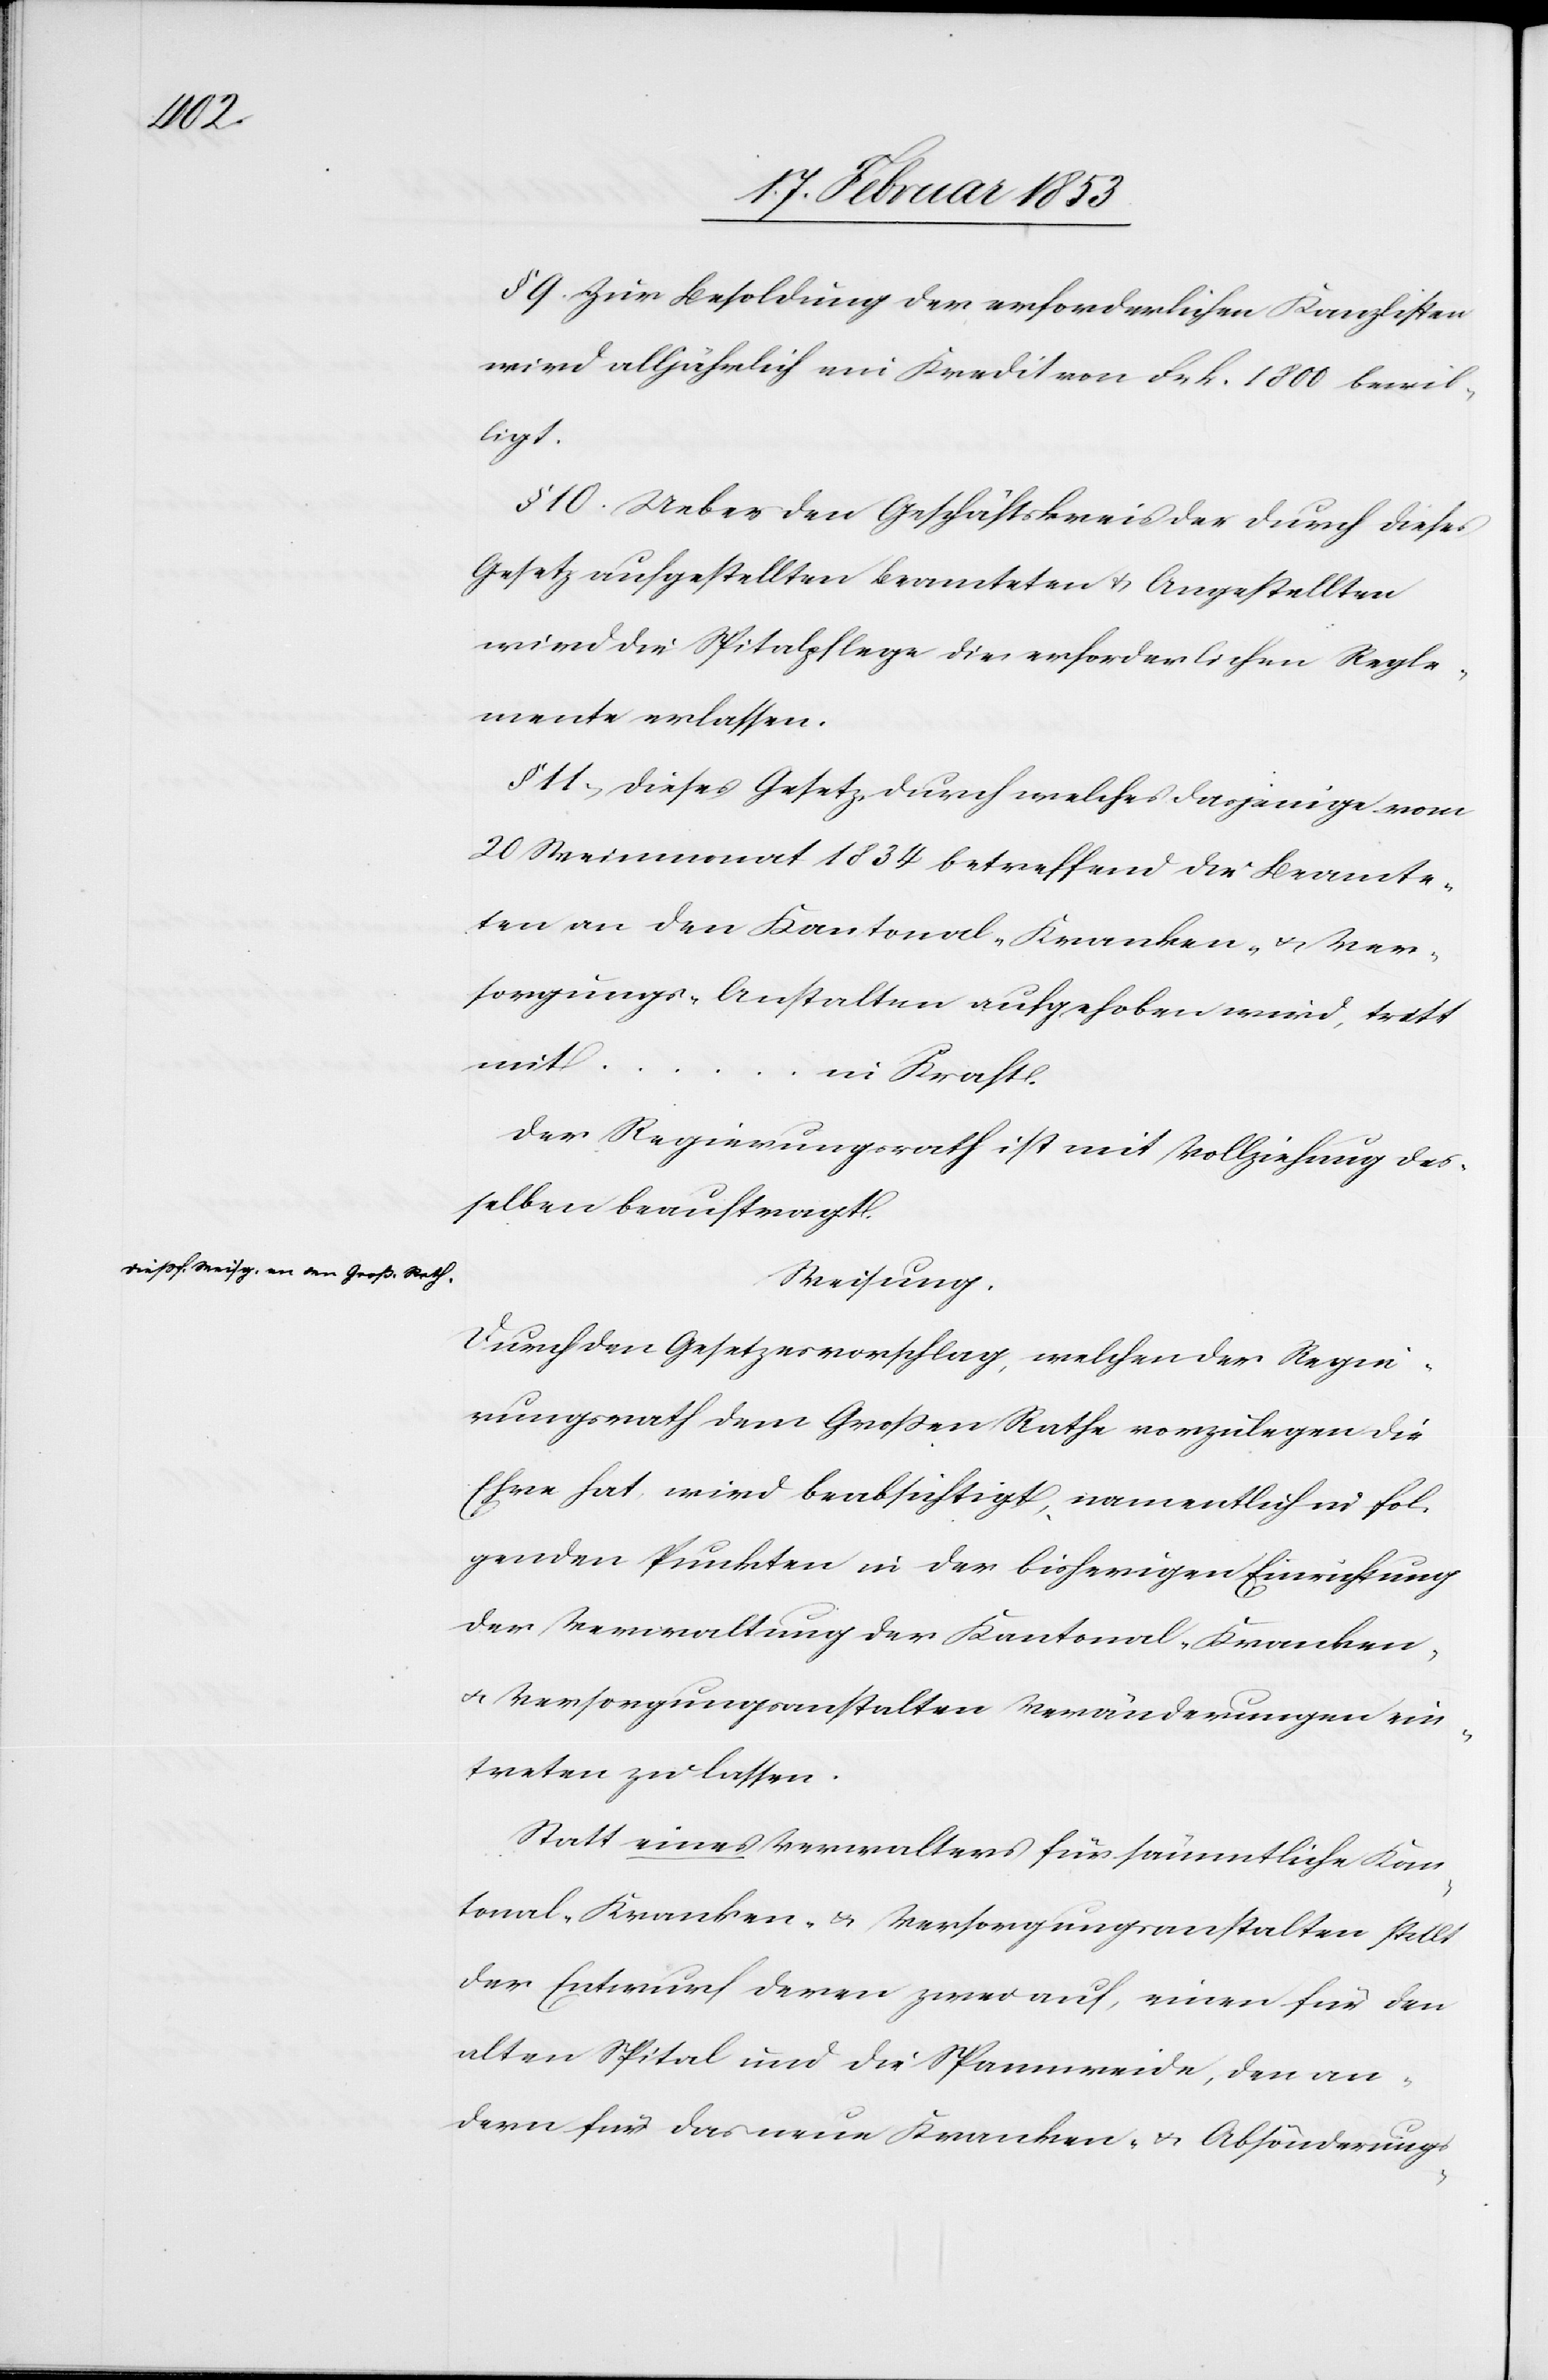
Dießf. Weisg. an den Großen Rath

§ 9 Zur Besoldung der erforderlichen Kanzlisten
wird alljährlich im Kredit von Frk. 1800 bewil¬
ligt.
§ 10 Ueber den Geschäftskreis durch dieses
Gesetz aufgestellten Beamteten u. Angestellten
wird die Spitalpflege die erforderlichen Regle¬
mente erlassen.
§ 11, Dieses Gesetz, durch welches dasjenige vom
20 Weinmonat 1834 betreffend die Beamte¬
ten an den Kantonal-Kranken- u. Ver¬
sorgungs-Anstalten aufgehoben wird, tritt
mit…i¬
n Kraft.
Der Regierungsrath ist mit Vollziehung des¬
selben beauftragt.
Weisung
Durch den Gesetzesvorschlag, welchen der Regie¬
rungsrath dem Großen Rathe vorzulegen die
Ehre hat, wird beabsichtigt, namentlich in fol¬
genden Punkten in der bisherigen Einrichtung
der Verwalatung der Kantonal-Kranken-
u. Versorgungsanstalten Veränderungen ein¬
treten zu lassen.
Statt eines Verwalters für sämmtliche Kan¬
tonal-Kranken- u. Versorgungsanstalten stellt
der Entwurf deren zwei auf, einen für den
alten Spital und die Spannweide, den an¬
dern für das neue Kranken- u. Absönderungs-